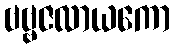
ဗဗ္ဗဇလာယကော